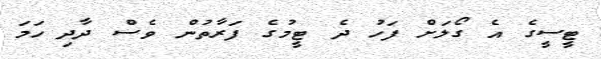
ޓީސީގެ އެ ގޯލަށް ފަހު ދެ ޓީމުގެ ފަރާތުން ވެސް ދާދި ހަމަ